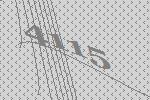
4115